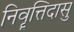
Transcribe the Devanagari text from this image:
निवॄत्तिदासु